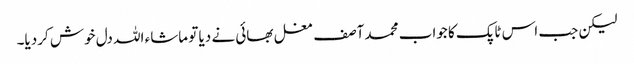
لیکن جب اس ٹاپک کا جواب محمد آصف مغل بھائی نے دیا تو ماشاء اللہ دل خوش کردیا۔